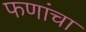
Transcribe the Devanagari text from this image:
फणांचा